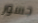
جسور